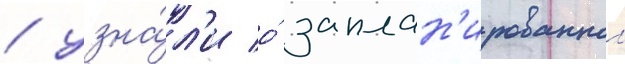
/ узна́л'и о́ заплан'ированнои